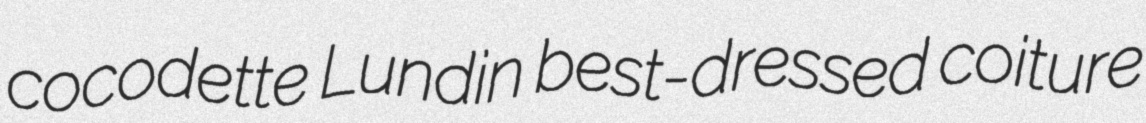
cocodette Lundin best-dressed coiture